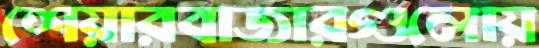
শেয়ারবাজারগুলোয়